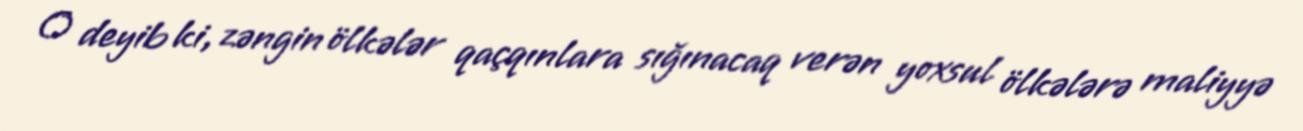
O deyib ki, zəngin ölkələr qaçqınlara sığınacaq verən yoxsul ölkələrə maliyyə